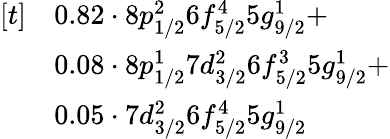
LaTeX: \begin{array}{rl}{[t]}&{0.82\cdot 8p_{1/2}^{2}6f_{5/2}^{4}5g_{9/2}^{1}+}\\ &{0.08\cdot 8p_{1/2}^{1}7d_{3/2}^{2}6f_{5/2}^{3}5g_{9/2}^{1}+}\\ &{0.05\cdot 7d_{3/2}^{2}6f_{5/2}^{4}5g_{9/2}^{1}}\end{array}